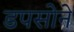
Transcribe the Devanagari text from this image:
डपसोने